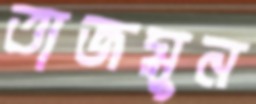
তাজমুন